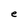
Character: e